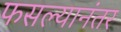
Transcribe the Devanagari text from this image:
फसल्यानंतर